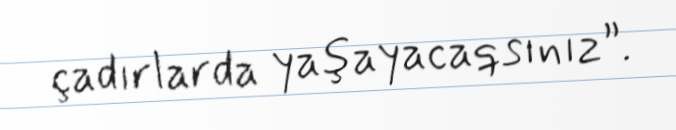
çadırlarda yaşayacaqsınız”.